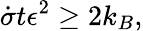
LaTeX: \dot{\sigma}t\epsilon^{2}\geq 2k_{B},